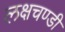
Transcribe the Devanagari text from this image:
लक्षचण्डी